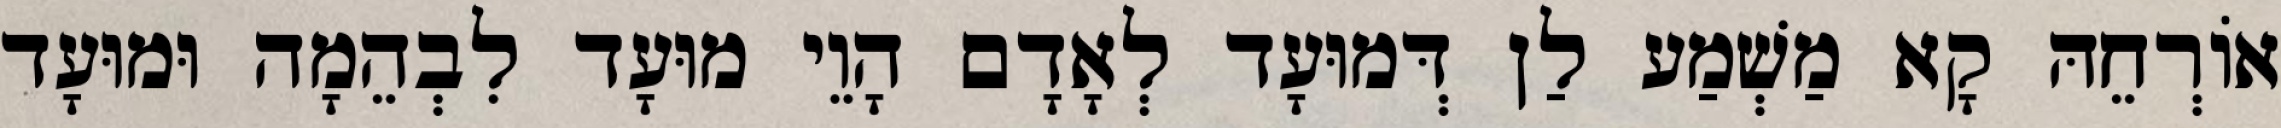
אוֹרְחֵהּ קָא מַשְׁמַע לַן דְּמוּעָד לְאָדָם הָוֵי מוּעָד לִבְהֵמָה וּמוּעָד